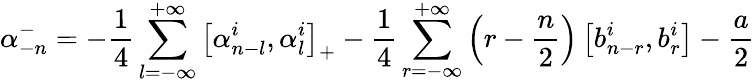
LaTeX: \alpha_{-n}^{-}=-\frac{1}{4}\sum_{l=-\infty}^{+\infty}\left[\alpha_{n-l}^{i},\alpha_{l}^{i}\right]_{+}-\frac{1}{4}\sum_{r=-\infty}^{+\infty}\left(r-\frac{n}{2}\right)\left[b_{n-r}^{i},b_{r}^{i}\right]-\frac{a}{2}